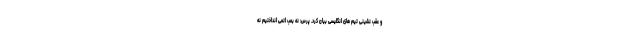
و عقب نشینی تیم های انگلیسی بیان کرد. پرس: نه بمب اتمی انداختیم نه